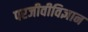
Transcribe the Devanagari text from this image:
परजीवीविज्ञान